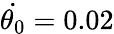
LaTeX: \dot{{\theta}_{0}}=0.02